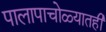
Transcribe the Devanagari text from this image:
पालापाचोळ्यातही